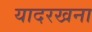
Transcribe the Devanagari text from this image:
यादरखना